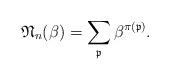
LaTeX: \begin{gather*}\mathfrak{N}_n(\beta)=\sum_{\mathfrak{p}} \beta^{\pi(\mathfrak{p})}.\end{gather*}